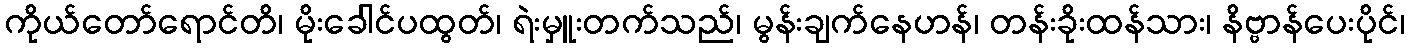
ကိုယ်တော်ရောင်တိ၊ မိုးခေါင်ပထွတ်၊ ရဲးမှူးတက်သည်၊ မွန်းချက်နေဟန်၊ တန်းခိုးထန်သား၊ နိဗ္ဗာန်ပေးပိုင်၊